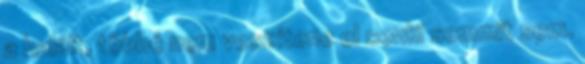
a halált, többé nem veszítene el senki semmit sem.